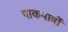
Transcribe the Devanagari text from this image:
पाकपात्रों